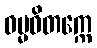
ဓမ္မဝိတက္ကေ